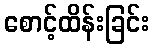
စောင့်ထိန်းခြင်း